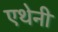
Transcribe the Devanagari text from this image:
एथेनी